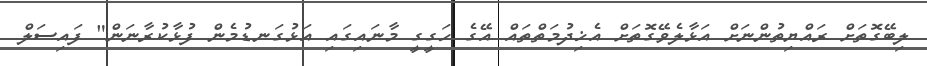
ލިބޭގޮތަށް ރައްޔިތުންނަށް އަޅާލެވޭގޮތަށް އެޚިދުމަތްތައް އޭގެ ހަގީގީ މާނައިގައި އަޅުގަނޑުމެން ފުޅާކުރާނަން" ފައިސަލް